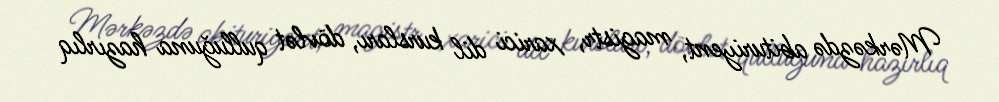
Mərkəzdə abituriyent, magistr, xarici dil kursları, dövlət qulluğuna hazırlıq